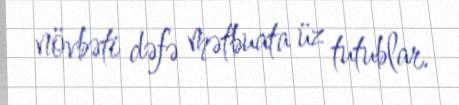
növbəti dəfə mətbuata üz tutublar.